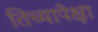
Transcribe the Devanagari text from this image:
तिच्यापेक्षा